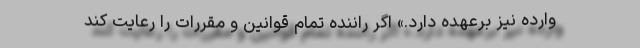
وارده نیز برعهده دارد.» اگر راننده تمام قوانین و مقررات را رعایت کند